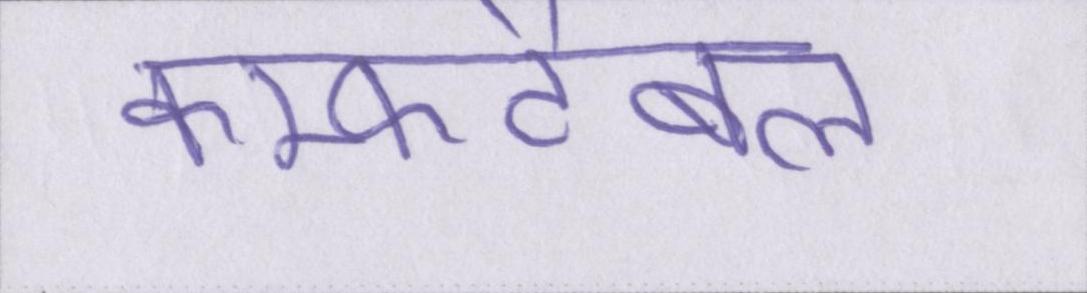
कम्फर्टेबल